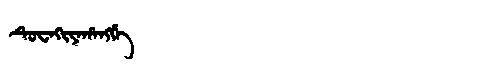
Manchu: ᡨᡠᠸᠠᡴᡳᠶᠠᡥᠠᠩᡤᡝ
Romanization: TUWAKIYAHANGGE